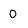
Character: 0